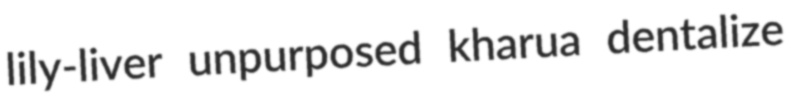
lily-liver unpurposed kharua dentalize